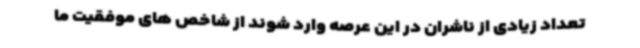
تعداد زیادی از ناشران در این عرصه وارد شوند از شاخص های موفقیت ما